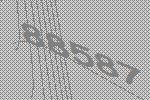
88587